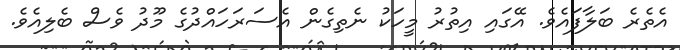
އެތެރެ ބަލާފައެވެ. އޭގައި އިތުރު މީހަކު ނެތިގެން އެސަރަހައްދުގެ މޫދު ވެސް ބެލިއެވެ.